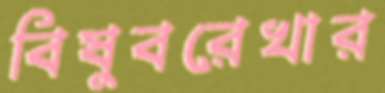
বিষুবরেখার